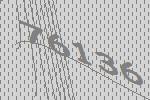
76136